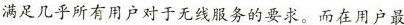
满足几乎所有用户对于无线服务的要求。而在用户最